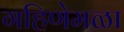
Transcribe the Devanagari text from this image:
गहिणेमळा